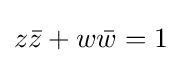
z{\bar {z}}+w{\bar {w}}=1